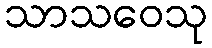
သာသဝေသု